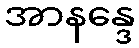
အာနန္ဒေ